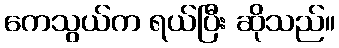
ကေသွယ်က ရယ်ပြီး ဆိုသည်။